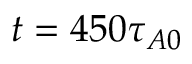
t = 4 5 0 \tau _ { A 0 }